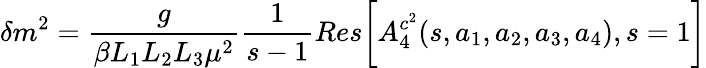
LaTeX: \delta m^{2}=\frac{g}{\beta L_{1}L_{2}L_{3}\mu^{2}}\frac{1}{s-1}Res\biggl[A_{4}^{c^{2}}(s,a_{1},a_{2},a_{3},a_{4}),s=1\biggr]